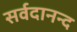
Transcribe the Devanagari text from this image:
सर्वदानन्द